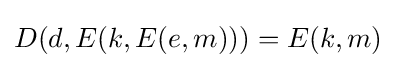
D(d,E(k,E(e,m)))=E(k,m)